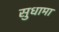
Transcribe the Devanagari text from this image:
सुधामा